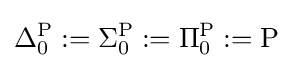
\Delta _{0}^{\mathrm {P} }:=\Sigma _{0}^{\mathrm {P} }:=\Pi _{0}^{\mathrm {P} }:=\mathrm {P}